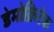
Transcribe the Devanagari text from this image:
डेमोक्रिटेक